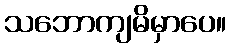
သဘောကျမိမှာပေ။